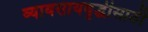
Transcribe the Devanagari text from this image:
व्यावसायवृद्धीसाठी